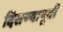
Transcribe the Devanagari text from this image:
दिसण्यापूर्वी